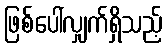
ဖြစ်ပေါ်လျှက်ရှိသည့်